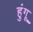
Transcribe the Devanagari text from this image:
हुंगू